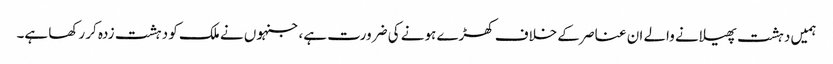
ہمیں دہشت پھیلانے والے ان عناصر کے خلاف کھڑے ہونے کی ضرورت ہے، جنہوں نے ملک کو دہشت زدہ کر رکھا ہے۔